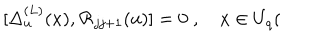
\lbrack \Delta _ { u } ^ { ( L ) } ( x ) , \mathcal { R } _ { j j + 1 } ( u ) ] = 0 \; , \quad x \in U _ { q } (